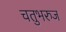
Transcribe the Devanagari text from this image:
चतुभरुज